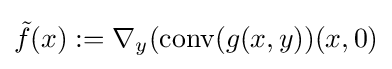
{\tilde {f}}(x):=\nabla _{y}({\textrm {conv}}(g(x,y))(x,0)